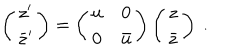
LaTeX: \left( \begin{array} { c } { { z ^ { \prime } } } \\ { { \bar { z } ^ { \prime } } } \\ \end{array} \right) = \left( \begin{array} { c c } { { u } } & { { 0 } } \\ { { 0 } } & { { \bar { u } } } \\ \end{array} \right) \left( \begin{array} { c } { { z } } \\ { { \bar { z } } } \\ \end{array} \right) \ .